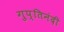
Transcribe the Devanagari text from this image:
गुप्तिनंदी